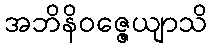
အဘိနိဝဇ္ဇေယျာသိ